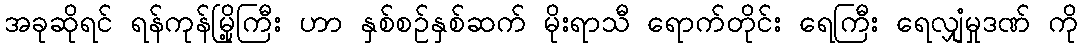
အခုဆိုရင် ရန်ကုန်မြို့ကြီး ဟာ နှစ်စဉ်နှစ်ဆက် မိုးရာသီ ရောက်တိုင်း ရေကြီး ရေလျှံမှုဒဏ် ကို